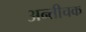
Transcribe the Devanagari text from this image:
अन्तीचक